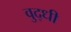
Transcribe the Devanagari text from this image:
वुद्धी